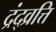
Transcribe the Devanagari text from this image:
द्रंद्व्रत्ति